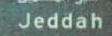
jeddah